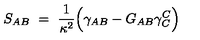
S _ { A B } \ = \ \frac { 1 } { \kappa ^ { 2 } } \Big ( \gamma _ { A B } - G _ { A B } \gamma _ { C } ^ { C } \Big )